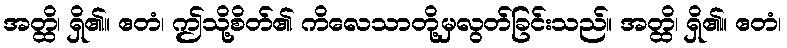
အတ္ထိ၊ ရှိ၏။ ဧတံ၊ ဤသို့စိတ်၏ ကိလေသာတို့မှလွတ်ခြင်းသည်။ အတ္ထိ၊ ရှိ၏။ ဧတံ၊